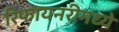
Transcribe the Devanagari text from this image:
रिफायनरीमध्ये